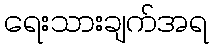
ရေးသားချက်အရ